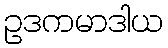
ဥဒကမာဒါယ